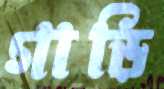
গাড়ি